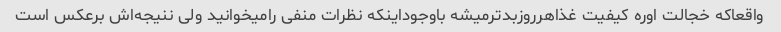
واقعاکه خجالت اوره کیفیت غذاهرروزبدترمیشه باوجوداینکه نظرات منفی رامیخوانید ولی ننیجه‌اش برعکس است